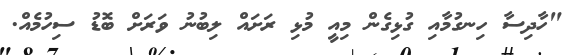
"ހާދިސާ ހިނގުމާއި ގުޅިގެން މިއީ މުޅި ރަށައް ލިބުނު ވަރަށް ބޮޑު ސިހުމެއް.